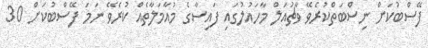
ފޭސްބުކަށް ނިސްބަތްކުރެވޭ ވާޗުއަލް މާހައުލުގައި ފައިސާގެ މުއާމަލާތެއް ކުރެވޭ ނަމަ ފޭސްބުކަށް 30